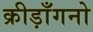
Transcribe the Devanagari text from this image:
क्रीड़ाँगनो